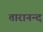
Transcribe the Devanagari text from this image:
तारानन्द